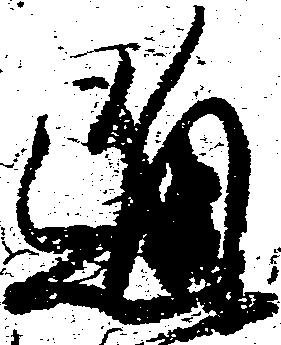
通